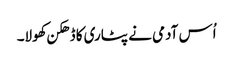
اُس آدمی نے پٹاری کا ڈھکن کھولا۔